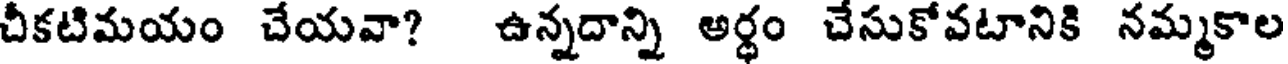
చీకటిమయం చేయవా? ఉన్నదాన్ని అర్ధం చేసుకోవటానికి నమ్మకాల